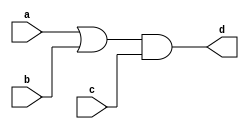
module blocking_caveat (
	input 		a , 
	input 		b , 
	input  		c, 
	output 	reg 	d
); 

reg x;
always @ (*)
begin
	// previous value of x is considered
	// as the order of assignments is swapped
	d = x & c;
	x = a | b;
end

endmodule